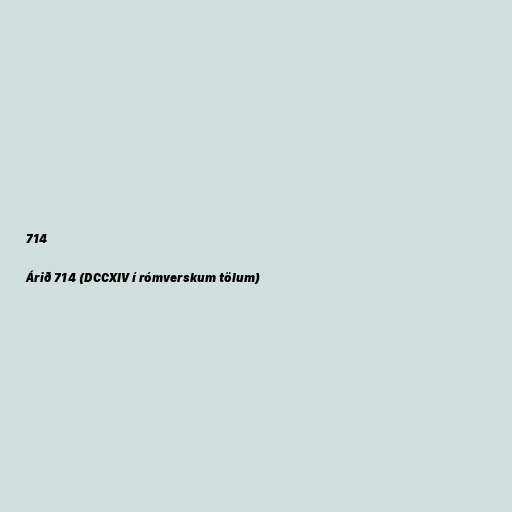
714

Árið 714 (DCCXIV í rómverskum tölum)